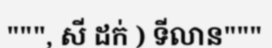
""", សី ដក់ ) ទីលាន"""